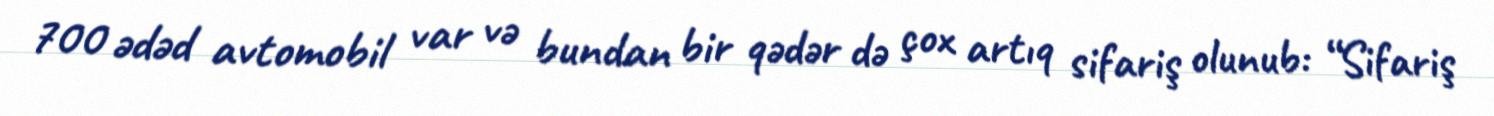
700 ədəd avtomobil var və bundan bir qədər də çox artıq sifariş olunub: “Sifariş